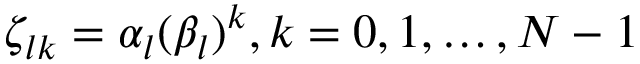
\zeta _ { l k } = \alpha _ { l } ( \beta _ { l } ) ^ { k } , k = 0 , 1 , \dots , N - 1